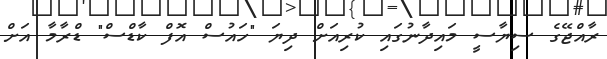
ރާއްޖޭގެ ސިޔާސީ މައިދާނުގައި ކުރިއަށް ދިޔަ "ހައުސް އޮފް ކާޑްސް" ޑްރާމާ އަށް